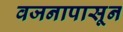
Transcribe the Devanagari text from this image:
वजनापासून